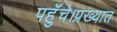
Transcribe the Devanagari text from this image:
पहुँचे।प्रख्यात